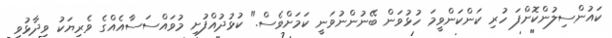
ކައުންސިލުންކޮށްފަ ހުރި ކަންކަންވީމަ ހުޅުވަން ބޭނުންނުވަނީ ކަމަށްވެސް." ކުޅުދުއްފުށި މުވައްސަސާއެއްގެ ވެރިޔަކު ވިދާޅުވި